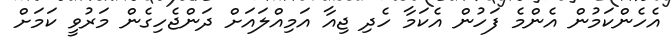
އެހެންކަމުން އެންމެ ފަހުން އެކަމާ ހެދި ޖިއާ އަމިއްލައަށް ދަންޖެހިގެން މަރުވީ ކަމަށް